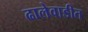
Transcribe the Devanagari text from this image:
ढालेवाडीत